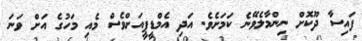
ފައިސާ ދޫކޮށް ނިންމާލެވޭނެ ކަމަށެވެ. އަދި އެމްޑީޕީއަށްވެސް މެއި މަހުގެ އަށް ވަނަ